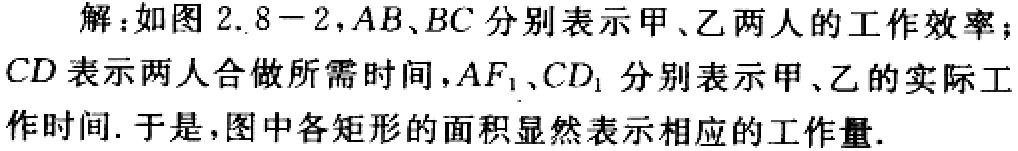
解：如图 2.8 - 2，\(AB、BC\)分别表示甲、乙两人的工作效率；\(CD\)表示两人合做所需时间，\(AF_{1}、CD_{1}\)分别表示甲、乙的实际工作时间. 于是，图中各矩形的面积显然表示相应的工作量.